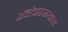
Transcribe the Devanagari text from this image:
अलंकारन्यास